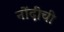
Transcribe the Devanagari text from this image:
नोंदीची